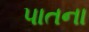
પાતના